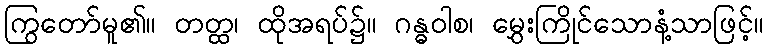
ကြွတော်မူ၏။ တတ္ထ၊ ထိုအရပ်၌။ ဂန္ဓဝါစ၊ မွှေးကြိုင်သောနံ့သာဖြင့်။